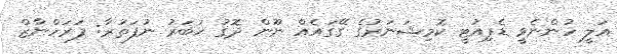
އަލީ ހުންނެވީ ޑެޕިއުޓީ ކޮމިޝަނަރުގެ ގޭގައެއް ނޫން ދޮގު ޚަބަރު ނުފަތުރާ: ފަރަހްނާޒް